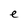
Character: e